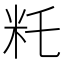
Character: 籷